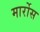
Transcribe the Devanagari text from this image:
मार्रोस